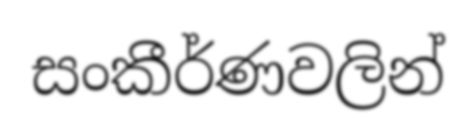
සංකීර්ණවලින්